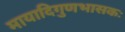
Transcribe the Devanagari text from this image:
मायादिगुणभासकः